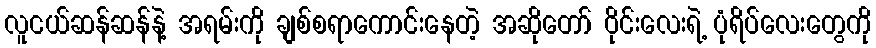
လူငယ်ဆန်ဆန်နဲ့ အရမ်းကို ချစ်စရာကောင်းနေတဲ့ အဆိုတော် ဝိုင်းလေးရဲ့ ပုံရိပ်လေးတွေကို